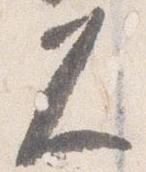
久